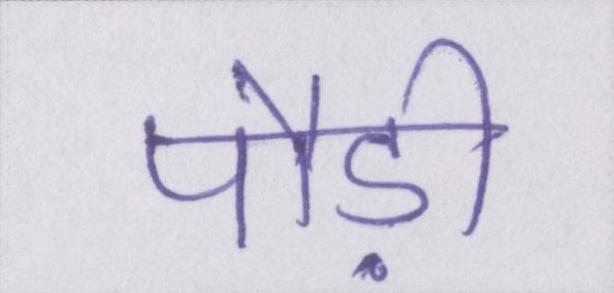
पौड़ी